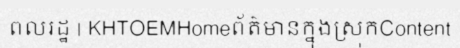
ពលរដ្ឋ | KHTOEMHomeព័ត៌មានក្នុងស្រុកContent